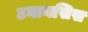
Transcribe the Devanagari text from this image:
टनायसिस